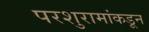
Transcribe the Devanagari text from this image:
परशुरामांकडून